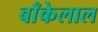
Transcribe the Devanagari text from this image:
बाँकेलाल